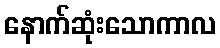
နောက်ဆုံးသောကာလ